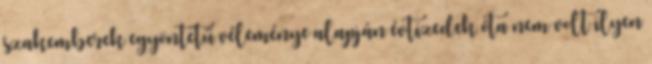
szakemberek egyöntetű véleménye alapján évtizedek óta nem volt ilyen